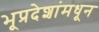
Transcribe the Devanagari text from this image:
भूप्रदेशांमधून